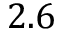
2 . 6